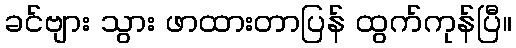
ခင်ဗျား သွား ဖာထားတာပြန် ထွက်ကုန်ပြီ။